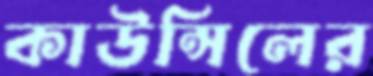
কাউন্সিলের